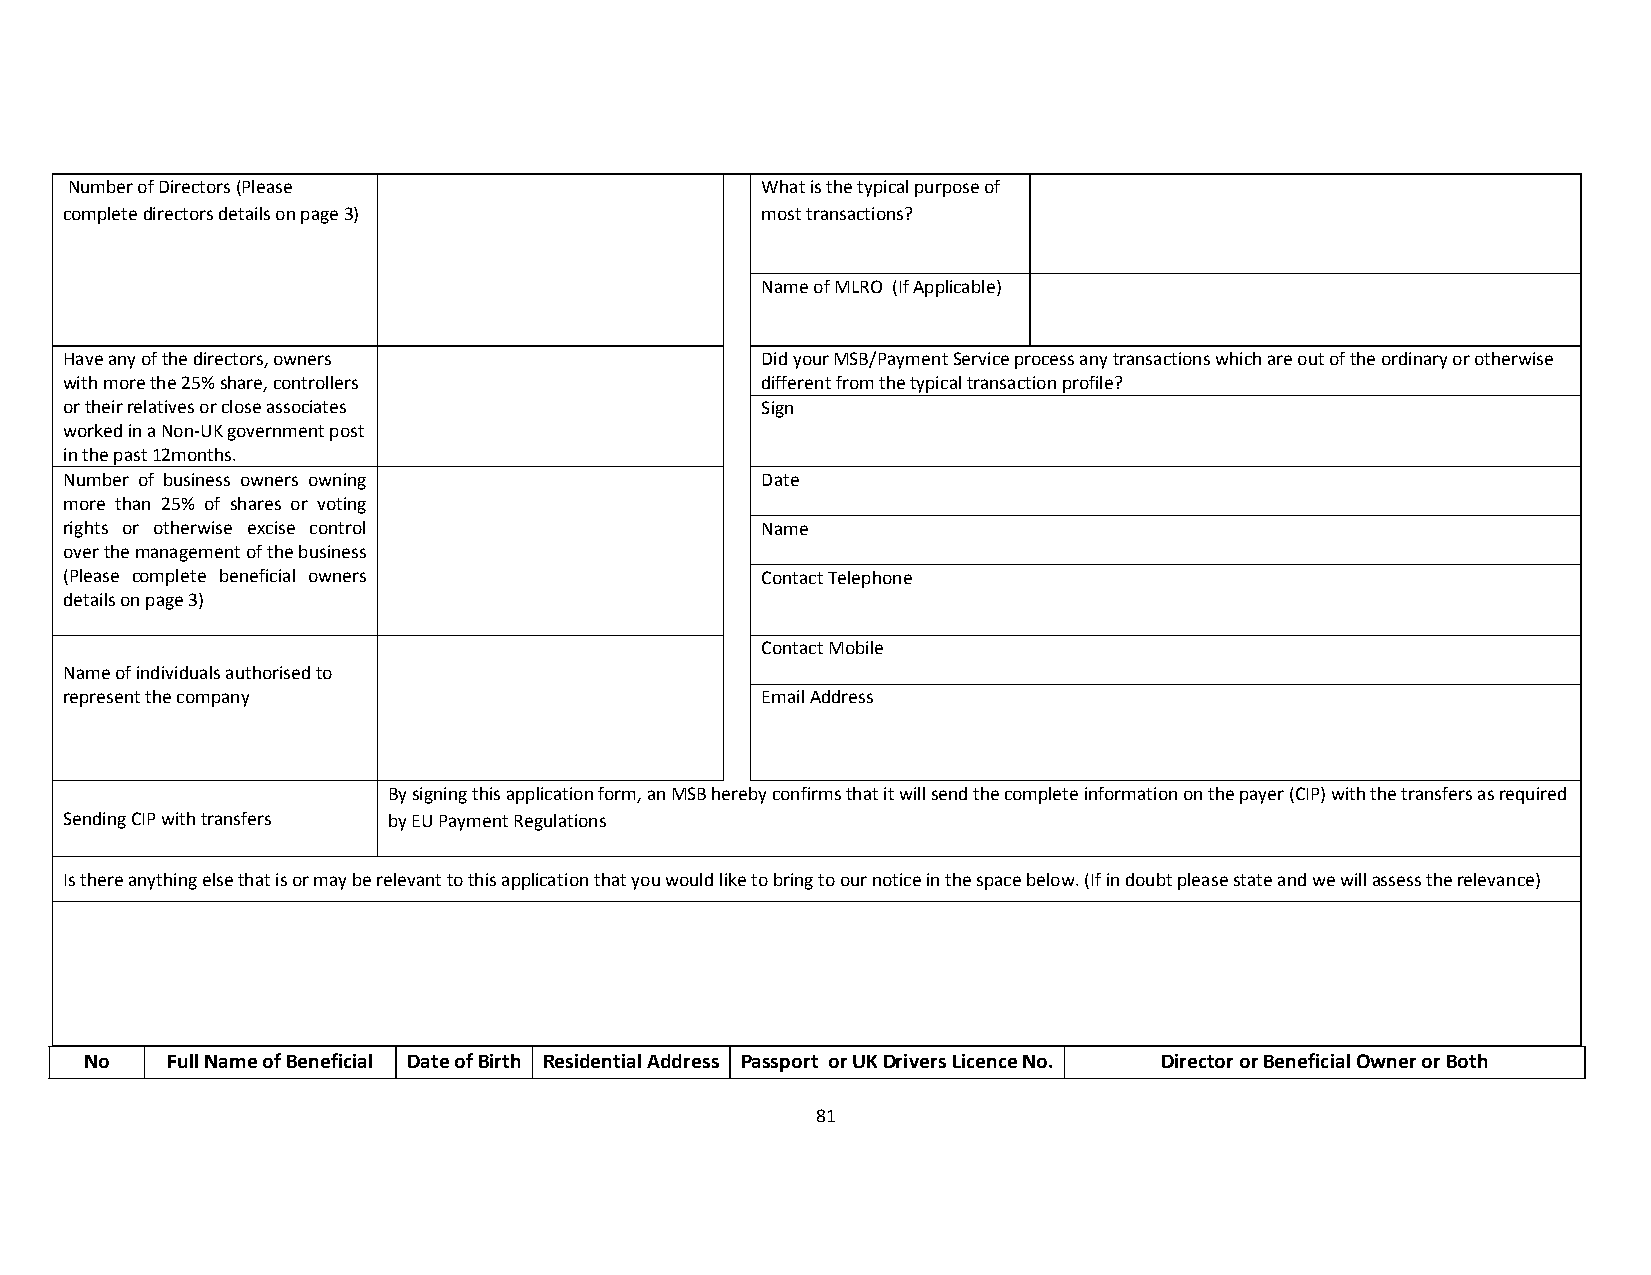
Number of Directors (Please                   What is the typical purpose of
 complete directors details on page 3)         most transactions?
 Name of MLRO (If Applicable)
 Have any of the directors, owners             Did your MSB/Payment Service process any transactions which are out of the ordinary or otherwise
 with more the 25% share, controllers          different from the typical transaction profile?
 or their relatives or close associates        Sign
 worked in a Non‐UK government post
 in the past 12months.
 Number of business owners owning              Date
 more than 25% of shares or voting
 rights or otherwise excise control            Name
 over the management of the business
 (Please complete beneficial owners            Contact Telephone
 details on page 3)
 Contact Mobile
 Name of individuals authorised to
 represent the company                         Email Address
 By signing this application form, an MSB hereby confirms that it will send the complete information on the payer (CIP) with the transfers as required
 Sending CIP with transfers by EU Payment Regulations
 Is there anything else that is or may be relevant to this application that you would like to bring to our notice in the space below. (If in doubt please state and we will assess the relevance)
 No   Full Name of Beneficial Date of Birth Residential Address Passport or UK Drivers Licence No. Director or Beneficial Owner or Both
 81